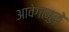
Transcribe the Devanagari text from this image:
आवेगामुळे